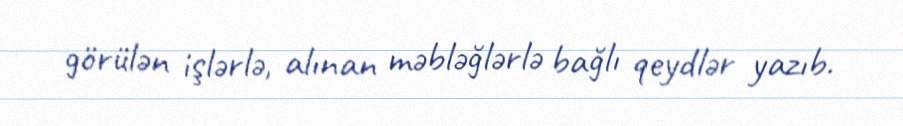
görülən işlərlə, alınan məbləğlərlə bağlı qeydlər yazıb.